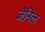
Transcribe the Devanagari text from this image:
जेनिल